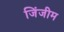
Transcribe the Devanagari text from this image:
जिंजीम